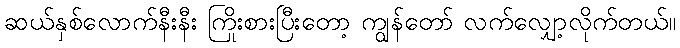
ဆယ်နှစ်လောက်နီးနီး ကြိုးစားပြီးတော့ ကျွန်တော် လက်လျှော့လိုက်တယ်။